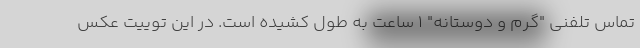
تماس تلفنی "گرم و دوستانه" 1 ساعت به طول کشیده است. در این توییت عکس